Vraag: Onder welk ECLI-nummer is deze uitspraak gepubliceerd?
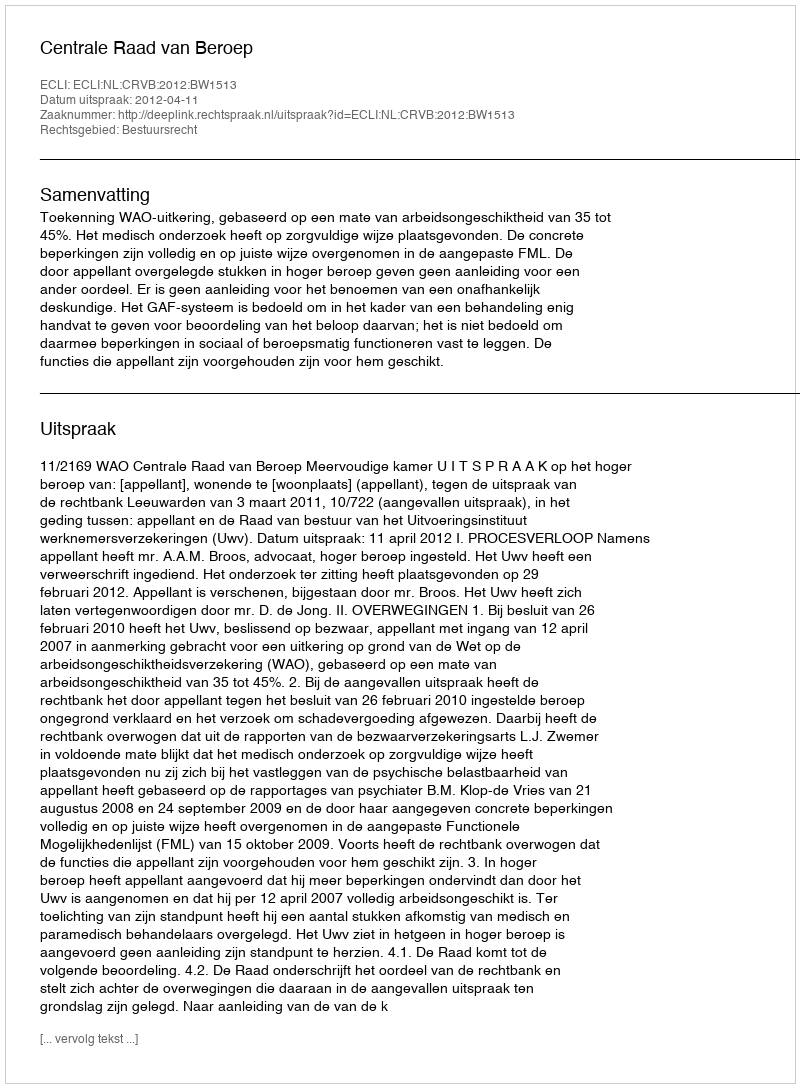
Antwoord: ECLI:NL:CRVB:2012:BW1513